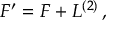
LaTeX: { \cal F } ^ { \prime } = { \cal F } + { \cal L } ^ { ( 2 ) } \, ,